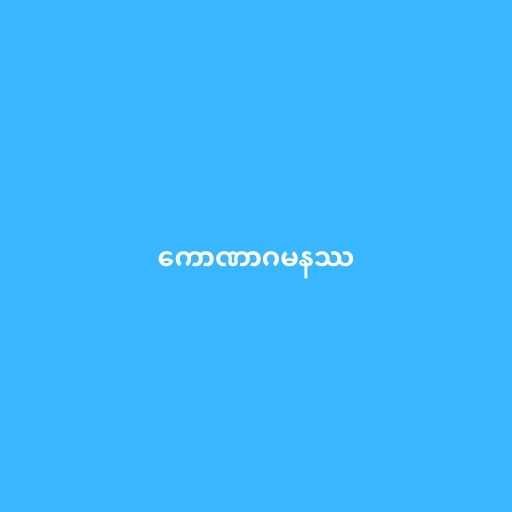
ကောဏာဂမနဿ